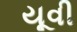
યૂવી